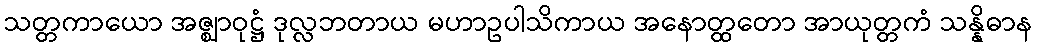
သတ္တကာယော အဇ္ဈာဝုဋ္ဌံ ဒုလ္လဘတာယ မဟာဥပါသိကာယ အနောတ္ထတော အာယုတ္တကံ သန္နိဓာန